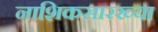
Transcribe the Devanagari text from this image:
नाशिकसारख्या